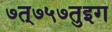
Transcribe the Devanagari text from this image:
७त्७५७तुइग